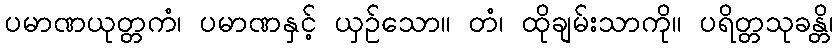
ပမာဏယုတ္တကံ၊ ပမာဏနှင့် ယှဉ်သော။ တံ၊ ထိုချမ်းသာကို။ ပရိတ္တသုခန္တိ၊